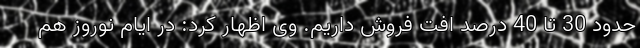
حدود 30 تا 40 درصد افت فروش داریم. وی اظهار کرد: در ایام نوروز هم